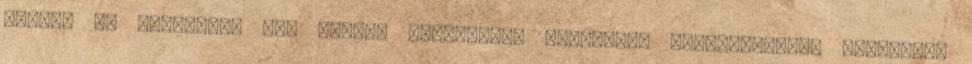
Hívjon és tekintsük meg együtt Vásárlását szakszerű tanácsadással segítjük.